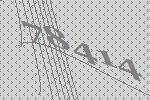
78414